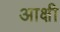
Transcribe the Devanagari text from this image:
आक्षी